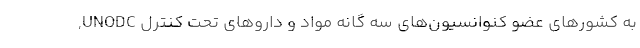
,UNODC به کشور‌های عضو کنوانسیون‌های سه گانه مواد و دارو‌های تحت کنترل